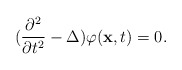
\begin{align*}(\frac{\partial ^2}{\partial t^2}-\Delta)\varphi (\hbox {\bf x},t)=0.\end{align*}